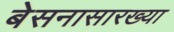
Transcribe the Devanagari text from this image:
बेसनासारख्या